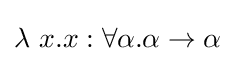
\lambda \ x.x:\forall \alpha .\alpha \rightarrow \alpha